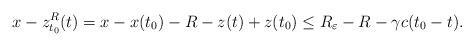
LaTeX: \begin{align*}x-z_{t_0}^R(t)=x-x(t_0)- R-z(t)+z(t_0)\leq R_\varepsilon-R-\gamma c(t_0-t).\end{align*}